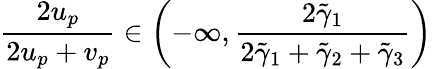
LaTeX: \frac{2u_{p}}{2u_{p}+v_{p}}\in\left(-\infty,\frac{2\tilde{\gamma}_{1}}{2\tilde{\gamma}_{1}+\tilde{\gamma}_{2}+\tilde{\gamma}_{3}}\right)